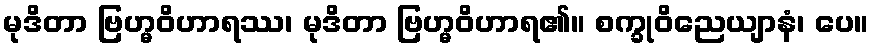
မုဒိတာ ဗြဟ္မဝိဟာရဿ၊ မုဒိတာ ဗြဟ္မဝိဟာရ၏။ စက္ခုဝိညေယျာနံ၊ ပေ။